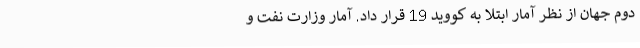
دوم جهان از نظر آمار ابتلا به کووید 19 قرار داد. آمار وزارت نفت و